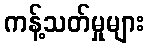
ကန့်သတ်မှုများ